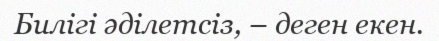
Билігі әділетсіз, – деген екен.